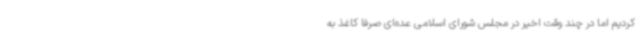
کردیم اما در چند وقت اخیر در مجلس شورای اسلامی عده‌ای صرفا کاغذ به